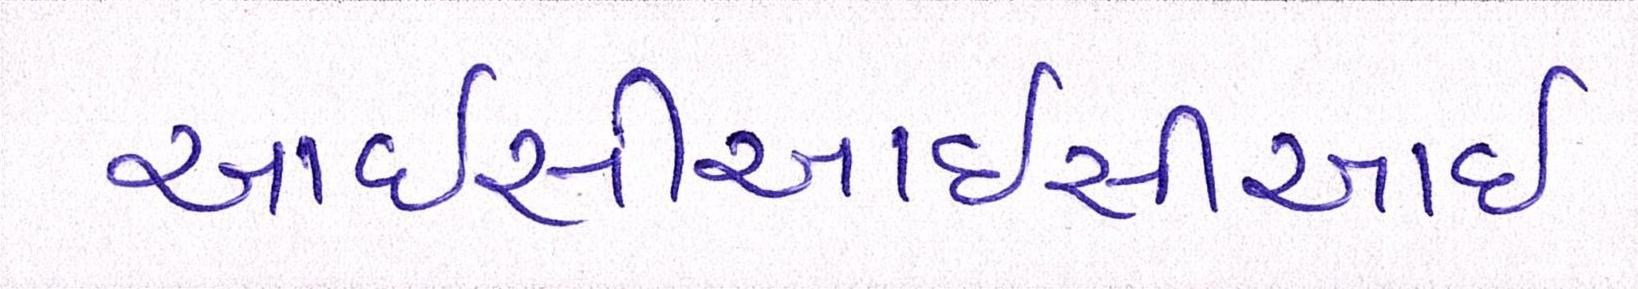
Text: આઈસીઆઈસીઆઈ